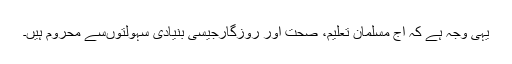
یہی وجہ ہے کہ آج مسلمان تعلیم، صحت اور روزگارجیسی بنیادی سہولتوںسے محروم ہیں۔